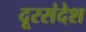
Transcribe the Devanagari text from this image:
दूरसंदेश